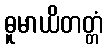
ဓူမာယိတတ္တံ